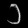
Digit: ၁